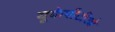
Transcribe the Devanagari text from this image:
यूकेपीटीओ